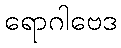
ရောဂါဗေဒ